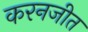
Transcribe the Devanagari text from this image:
करनजीत